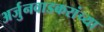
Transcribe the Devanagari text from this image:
अर्जुनवाडकरांच्या